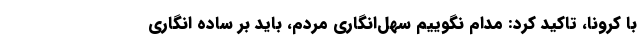
با کرونا، تاکید کرد: مدام نگوییم سهل‌انگاری مردم، باید بر ساده انگاری